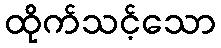
ထိုက်သင့်သော